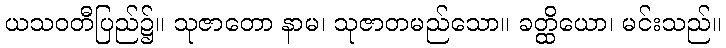
ယသဝတီပြည်၌။ သုဇာတော နာမ၊ သုဇာတမည်သော။ ခတ္ထိယော၊ မင်းသည်။